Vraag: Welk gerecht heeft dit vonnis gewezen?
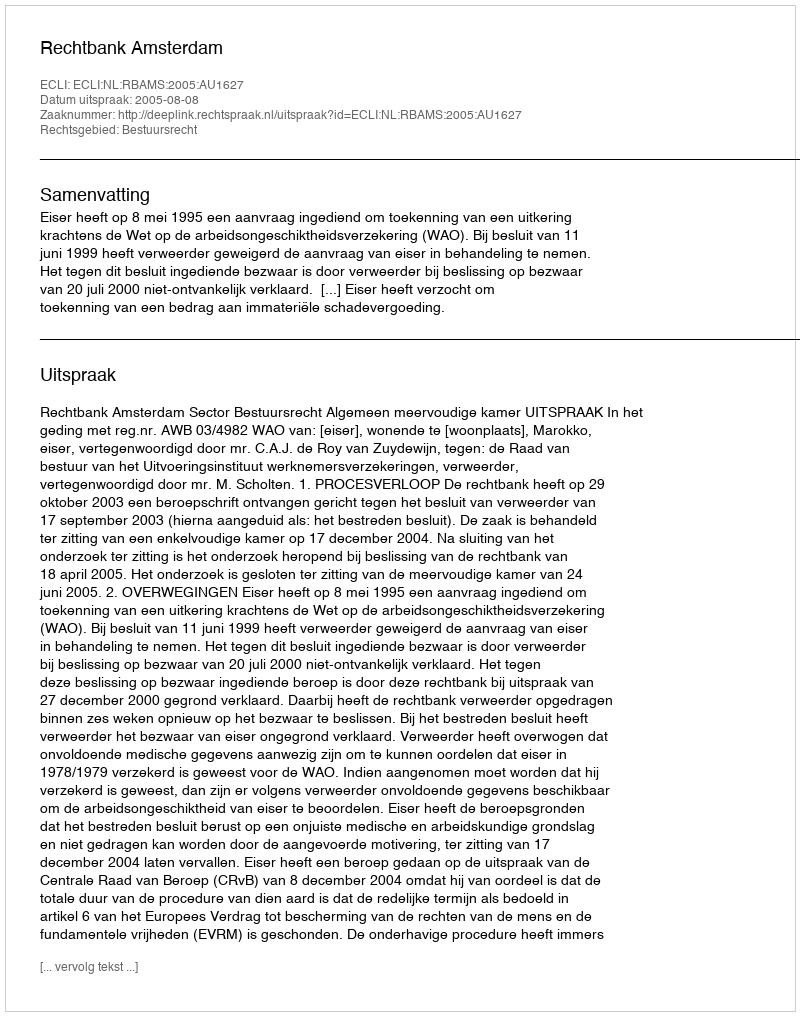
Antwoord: Rechtbank Amsterdam